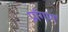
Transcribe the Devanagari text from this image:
प्राँगण